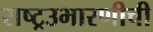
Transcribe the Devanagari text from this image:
राष्ट्रउभारणीची